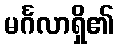
မင်္ဂလာရှိ၏